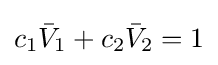
c_{1}{\bar {V}}_{1}+c_{2}{\bar {V}}_{2}=1